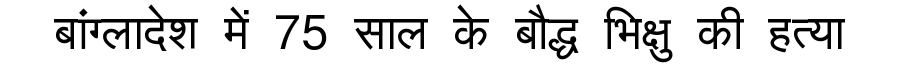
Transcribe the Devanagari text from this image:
बांग्लादेश में 75 साल के बौद्ध भिक्षु की हत्या